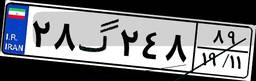
۹۰گ۱۷۱۲۵